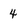
Character: 4